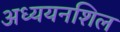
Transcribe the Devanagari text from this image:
अध्ययनशिल